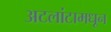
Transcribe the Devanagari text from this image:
अटलांटामधून